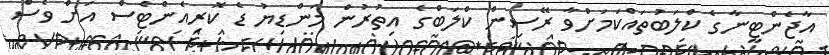
އާޖެންޓީނާގެ ކްލަބުތައްކަމަށްވާ ރޭސިން ކްލަބްގެ އިތުރުން މަންޑިޔު ޑެ ކޮރިއެންޓެސް އަށް ވެސް